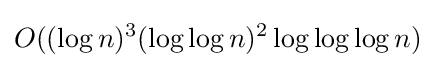
O((\log n)^{3}(\log \log n)^{2}\log \log \log n)